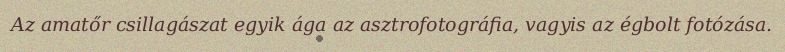
Az amatőr csillagászat egyik ága az asztrofotográfia, vagyis az égbolt fotózása.